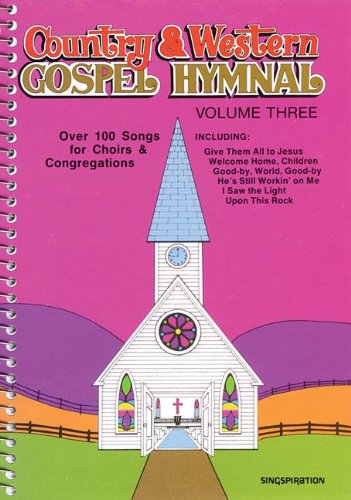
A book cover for Country & Western Gospel Hymnal Volume Three; Brentwood Choral Provident; Christian Books & Bibles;